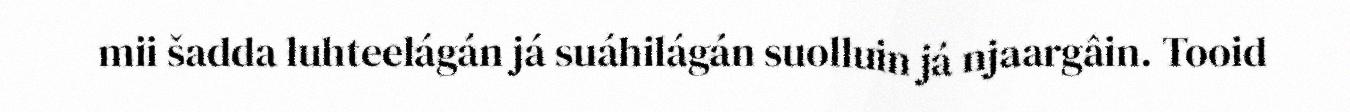
mii šadda luhteelágán já suáhilágán suolluin já njaargâin. Tooid